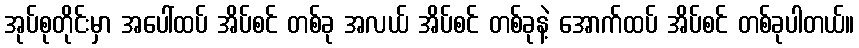
အုပ်စုတိုင်းမှာ အပေါ်ထပ် အိပ်စင် တစ်ခု အလယ် အိပ်စင် တစ်ခုနဲ့ အောက်ထပ် အိပ်စင် တစ်ခုပါတယ်။